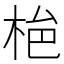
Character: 𭩾